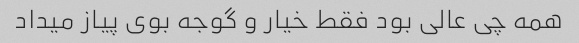
همه چی عالی بود فقط خیار و گوجه بوی پیاز میداد